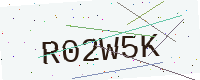
Text: R02W5K